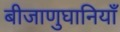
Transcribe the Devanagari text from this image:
बीजाणुघानियाँ